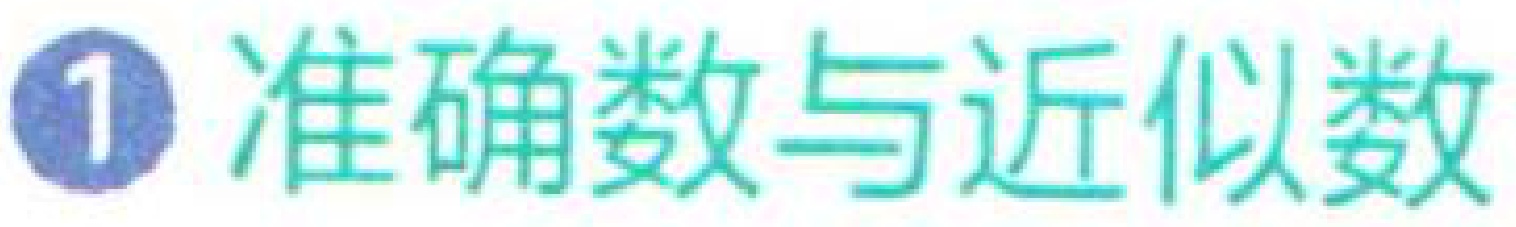
\textcircled{1} 准确数与近似数